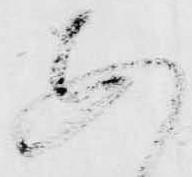
あ